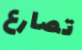
تصارع